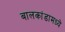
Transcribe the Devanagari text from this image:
बालकांडामध्ये